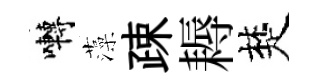
囀藻疎耨楚